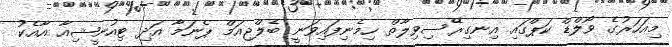
މިއަހަރުގެ ވޯލްޑް ކަޕްގައި އިނގިރޭސިވިލާތް ހިމެނިފައިވަނީ ބެލްޖިއަމް ޕެނަމާ އަދި ޓިއުނީޝިއާ އާއެކު